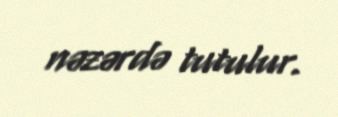
nəzərdə tutulur.